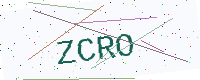
Text: ZCRO